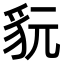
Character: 𧲦